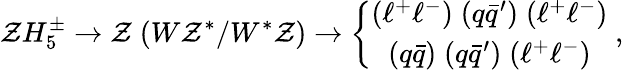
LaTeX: \mathcal{Z}H_{5}^{\pm}\to\mathcal{Z}\; (W\mathcal{Z}^{*}/W^{*}\mathcal{Z})\to\left\{ \begin{array}{c}{{(\ell^{+}\ell^{-})\; (q\bar{q}^{\prime})\; (\ell^{+}\ell^{-})}}\\ {{(q\bar{q})\; (q\bar{q}^{\prime})\; (\ell^{+}\ell^{-})}}\end{array}\right.\; ,